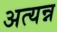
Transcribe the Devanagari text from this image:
अत्यन्न